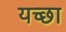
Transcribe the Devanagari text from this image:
यच्छा